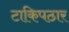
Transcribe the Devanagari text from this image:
टाकिपठार